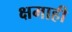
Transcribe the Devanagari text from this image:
क्षमाही